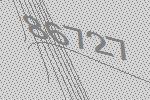
86727